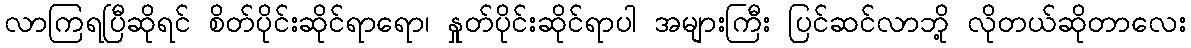
လာကြရပြီဆိုရင် စိတ်ပိုင်းဆိုင်ရာရော၊ နှုတ်ပိုင်းဆိုင်ရာပါ အများကြီး ပြင်ဆင်လာဘို့ လိုတယ်ဆိုတာလေး